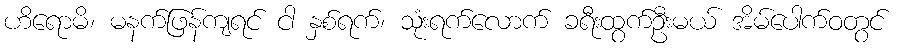
ဟိရောမိ၊ မနက်ဖြန်ကျရင် ငါ နှစ်ရက်၊ သုံးရက်လောက် ခရီးထွက်ဦးမယ် အိမ်ပေါက်ဝတွင်